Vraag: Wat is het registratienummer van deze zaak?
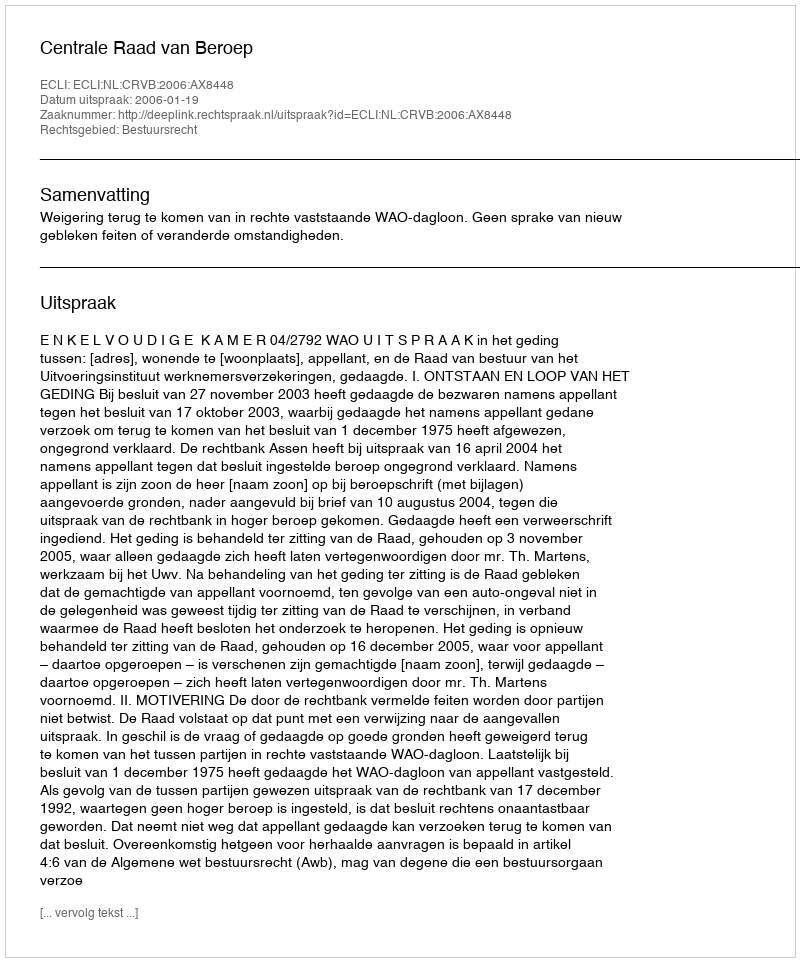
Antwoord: http://deeplink.rechtspraak.nl/uitspraak?id=ECLI:NL:CRVB:2006:AX8448